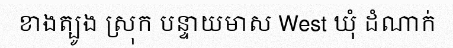
ខាងត្បូង ស្រុក បន្ទាយមាស West ឃុំ ដំណាក់